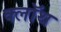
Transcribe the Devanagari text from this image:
क्‍लॉथ